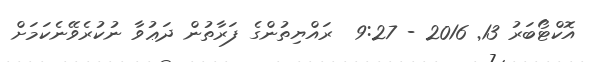
އޮކްޓޯބަރު 13